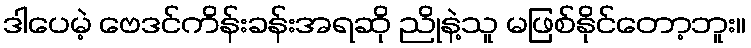
ဒါပေမဲ့ ဗေဒင်ကိန်းခန်းအရဆို ညိုနဲ့သူ မဖြစ်နိုင်တော့ဘူး။